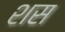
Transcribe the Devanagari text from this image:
शस